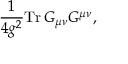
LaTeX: { \frac { 1 } { 4 g ^ { 2 } } } \mathrm { { T r } } \, G _ { \mu \nu } G ^ { \mu \nu } ,